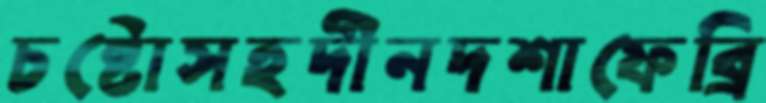
চষ্টোসহদীনদশাফেব্রি